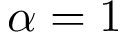
\alpha = 1